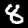
Label: 8